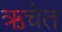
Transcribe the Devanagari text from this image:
ऋचेत